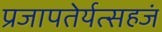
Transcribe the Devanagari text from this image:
प्रजापतेर्यत्सहजं